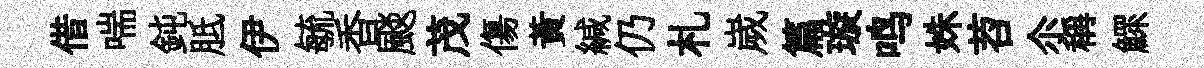
借喘鈍胝伊毓香颷茂傷黃緘仍札嵗篇璇鸣姝苕尒稱鰥